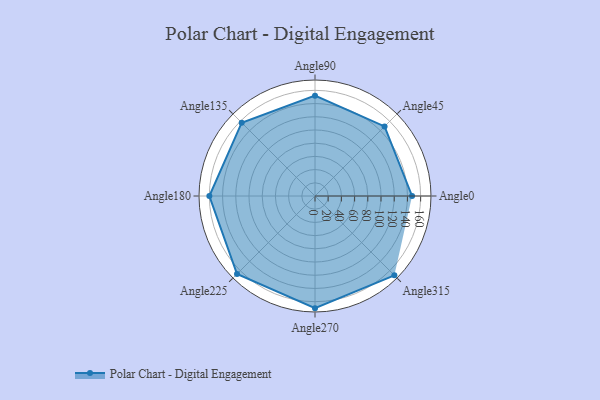
{"axis": {"x": "Angle", "y": "Radius"}, "legend": [""], "data": [{"x": "Angle0", "y": 147.0, "type": ""}, {"x": "Angle45", "y": 149.0, "type": ""}, {"x": "Angle90", "y": 152.0, "type": ""}, {"x": "Angle135", "y": 157.0, "type": ""}, {"x": "Angle180", "y": 160.0, "type": ""}, {"x": "Angle225", "y": 167.0, "type": ""}, {"x": "Angle270", "y": 170, "type": ""}, {"x": "Angle315", "y": 170, "type": ""}]}